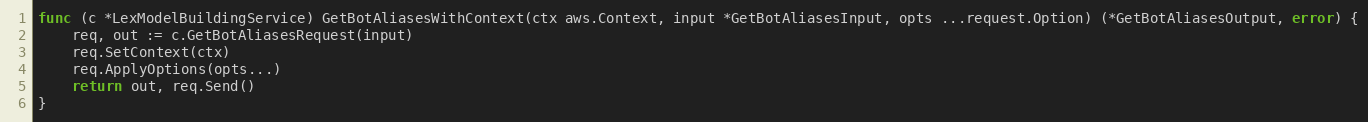
Language: Go
func (c *LexModelBuildingService) GetBotAliasesWithContext(ctx aws.Context, input *GetBotAliasesInput, opts ...request.Option) (*GetBotAliasesOutput, error) {
	req, out := c.GetBotAliasesRequest(input)
	req.SetContext(ctx)
	req.ApplyOptions(opts...)
	return out, req.Send()
}